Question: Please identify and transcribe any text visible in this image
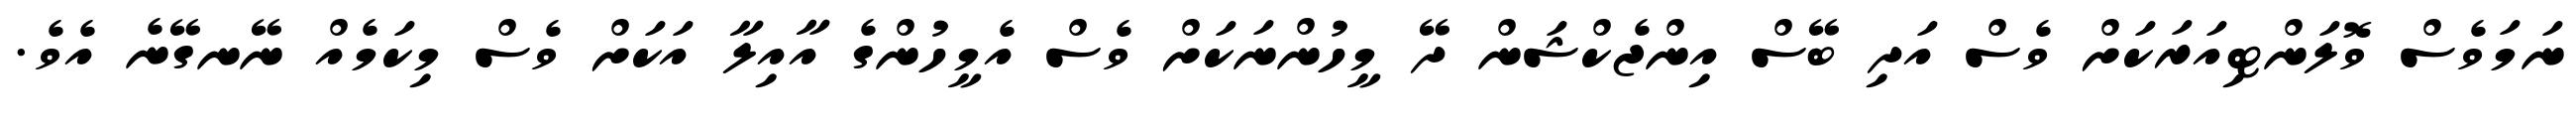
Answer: ނަމަވެސް ވޮލަންޓިއަރަކަށް ވެސް އަދި ބޭސް އިންޖެކްޝަން ދޭ މީހުންނަކަށް ވެސް އެމީހުންގެ އާއިލާ އަކަށް ވެސް މިކަމެއް ނޭނގޭނެ އެވެ.